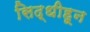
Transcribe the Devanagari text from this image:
सिद्धीहून